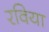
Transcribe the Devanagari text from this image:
रविया